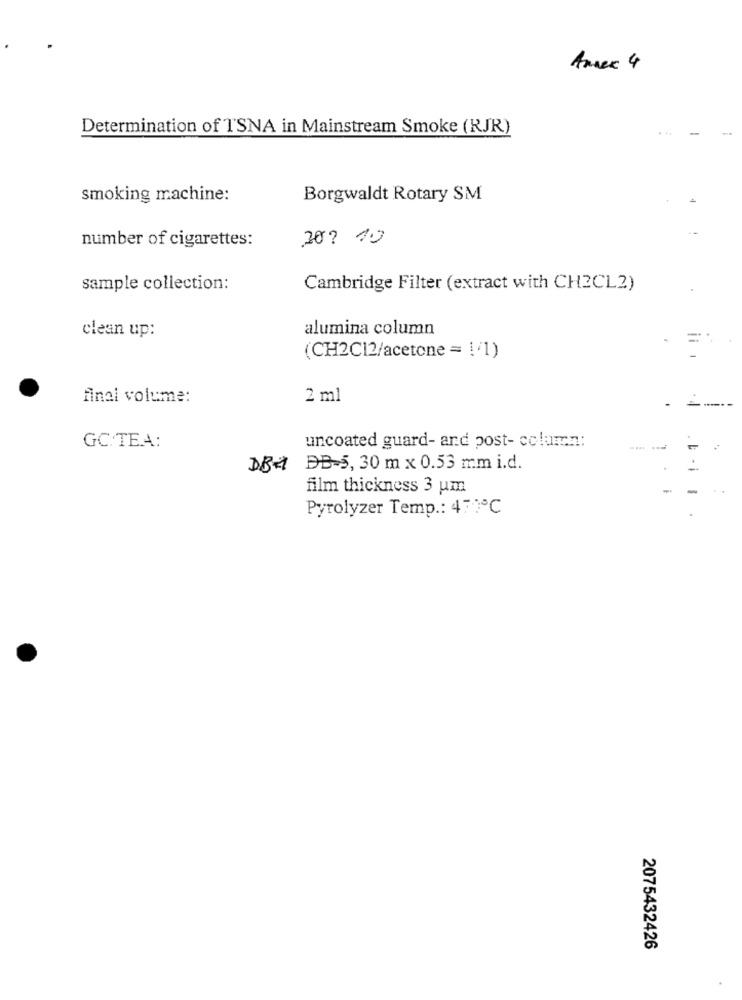
Annex 4
Determination of TSNA in Mainstream Smoke (RJR)
smoking machine:
Borgwaldt Rotary SM
number of cigarettes:
202 10
sample collection:
Cambridge Filter (extract with CH2CL2)
clean up:
alumina column
(CH2C12/acetone = ! '1)
final volume:
2 ml
GC.TEA:
uncoated guard- and post- column:
DBH DB-5, 30 m x 0.53 mm i.d.
film thickness 3 um
Pyrolyzer Temp .: 470℃
2075432426